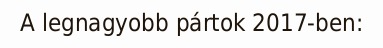
A legnagyobb pártok 2017-ben: